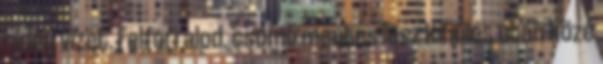
hideg vizet. Felforralod. csomó mentes lesz Kihűlés után közé